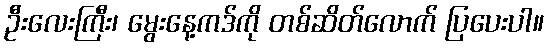
ဦးလေးကြီး၊ မွေးနေ့ကဒ်ကို တစ်ဆိတ်လောက် ပြပေးပါ။